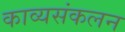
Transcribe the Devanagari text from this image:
काव्यसंकलन